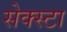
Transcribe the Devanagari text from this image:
सेक्स्टा